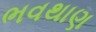
ભવથાણ